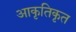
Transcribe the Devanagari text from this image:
आकृतिकृत